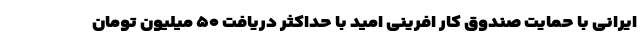
ایرانی با حمایت صندوق کار افرینی امید با حداکثر دریافت ۵۰ میلیون تومان